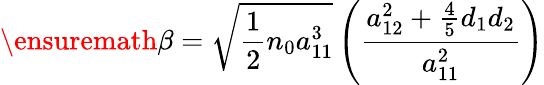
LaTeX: \ensuremath{\beta=\sqrt{\frac{1}{2}n_{0}a_{11}^{3}}\left(\frac{a_{12}^{2}+\frac{4}{5}d_{1}d_{2}}{a_{11}^{2}}\right)}